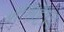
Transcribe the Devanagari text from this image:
शंखिट्टेषु़त्तु